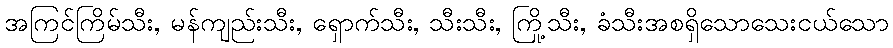
အကြင်ကြိမ်သီး, မန်ကျည်းသီး, ရှောက်သီး, သီးသီး, ကြို့သီး, ခံသီးအစရှိသောသေးငယ်သော